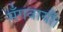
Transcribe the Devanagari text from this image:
मँगवायीं।